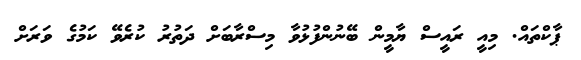
ޕާކްތައް. މިއީ ރައީސް ޔާމީން ބޭނުންފުޅުވާ މިސްރާބަށް ދަތުރު ކުރެވޭ ކަމުގެ ވަރަށް